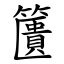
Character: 籄